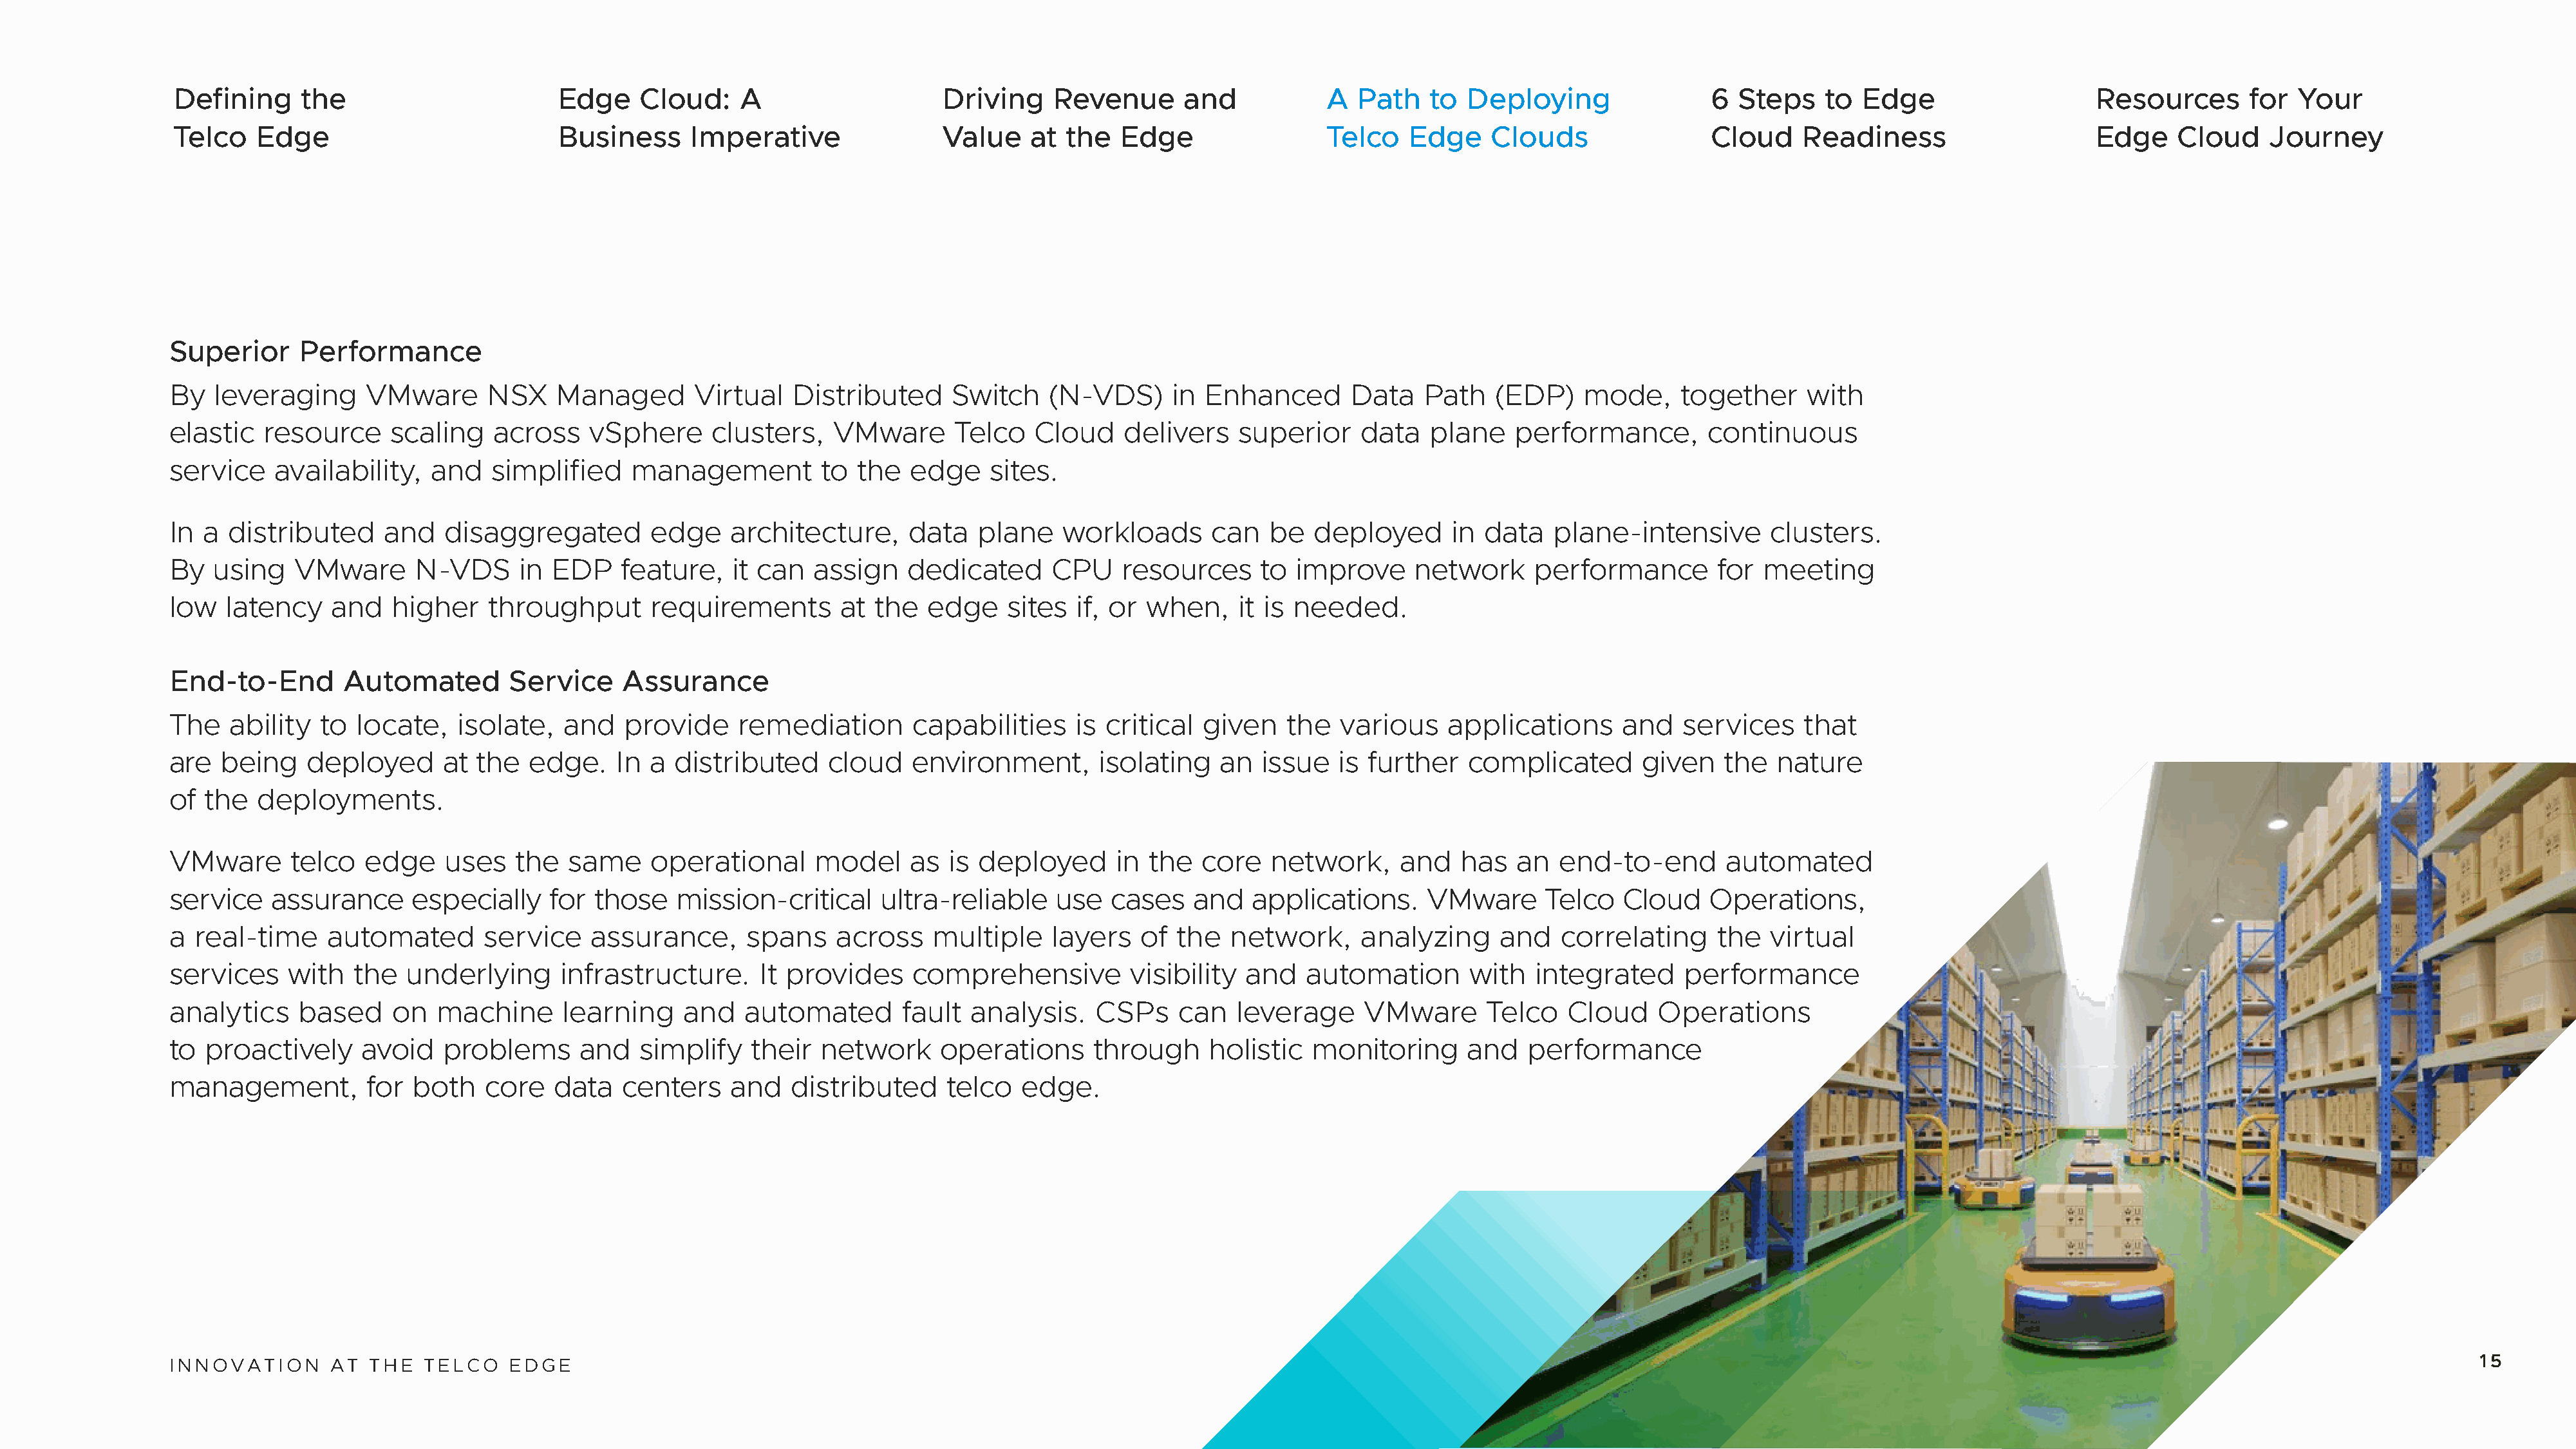
Defining     the                       Edge     Cloud:    A                    Driving    Revenue       and           A  Path    to  Deploying                6  Steps    to Edge                    Resources       for  Your
 Telco   Edge                           Business      Imperative                Value    at  the  Edge                 Telco    Edge    Clouds                 Cloud    Readiness                     Edge     Cloud    Journey
 Superior      Performance
 By   leveraging      VMware      NSX    Managed       Virtual   Distributed      Switch    (N-VDS)     in  Enhanced       Data   Path    (EDP)    mode,     together     with
 elastic   resource     scaling    across    vSphere     clusters,    VMware      Telco   Cloud     delivers   superior     data   plane    performance,        continuous
 service    availability,   and    simplified    management         to  the   edge    sites.
 In  a distributed     and    disaggregated        edge    architecture,     data    plane   workloads       can   be  deployed      in  data   plane-intensive       clusters.
 By   using   VMware       N-VDS     in  EDP    feature,   it can   assign   dedicated      CPU    resources      to improve     network      performance        for meeting
 low   latency    and   higher    throughput       requirements       at  the  edge     sites  if, or when,    it is needed.
 End-to-End        Automated        Service     Assurance
 The    ability  to  locate,   isolate,   and   provide     remediation       capabilities     is critical  given   the   various    applications      and   services    that
 are   being   deployed       at the  edge.    In  a distributed     cloud    environment,       isolating   an   issue   is further   complicated       given   the   nature
 of  the  deployments.
 VMware       telco   edge    uses   the  same     operational      model     as  is deployed      in the   core   network,     and   has   an  end-to-end       automated
 service    assurance     especially    for  those   mission-critical      ultra-reliable    use  cases    and   applications.     VMware      Telco   Cloud    Operations,
 a  real-time     automated       service    assurance,      spans    across    multiple    layers   of  the  network,      analyzing     and   correlating     the   virtual
 services     with  the   underlying      infrastructure.     It provides     comprehensive         visibility  and   automation       with   integrated     performance
 analytics     based    on   machine      learning    and    automated       fault  analysis.    CSPs    can   leverage     VMware       Telco   Cloud    Operations
 to  proactively     avoid    problems      and   simplify   their  network      operations     through     holistic   monitoring      and   performance
 management,          for both    core   data   centers    and   distributed     telco   edge.
 INNOVATION       AT  THE   TELCO   EDGE                                                                                                                                                                                                       15